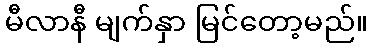
မီလာနီ မျက်နှာ မြင်တော့မည်။